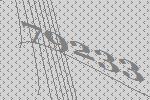
79233